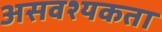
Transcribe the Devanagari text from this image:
असवश्यकता